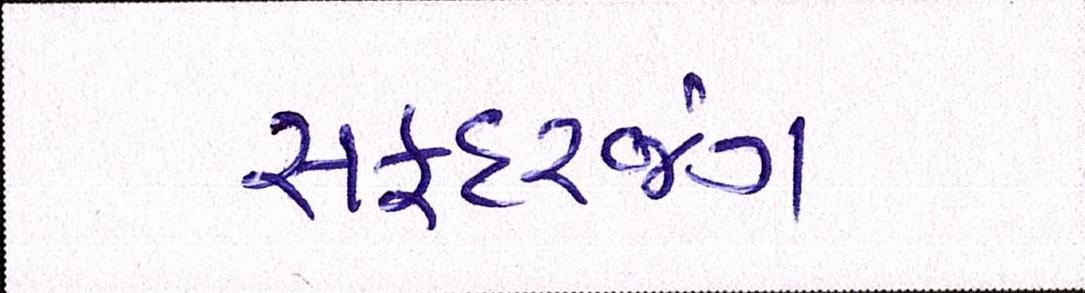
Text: સફદરજંગ